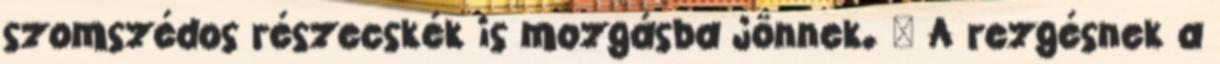
szomszédos részecskék is mozgásba jönnek.  A rezgésnek a